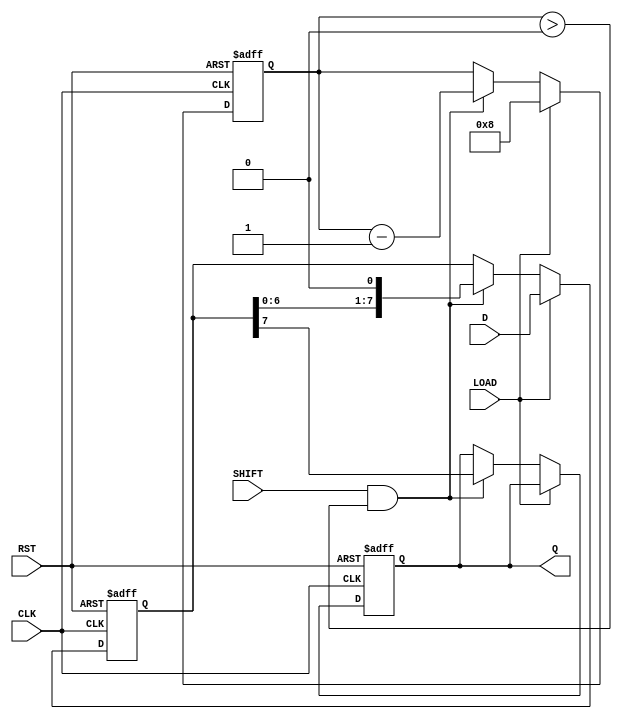
module Dynamic_PISO_Register #(
    parameter N = 8  // Parameter for the bit width of the register
) (
    input wire [N-1:0] D,     // Parallel data input
    input wire LOAD,          // Load control signal
    input wire SHIFT,         // Shift control signal
    input wire CLK,           // Clock signal
    input wire RST,           // Asynchronous reset signal
    output reg Q              // Serial output
);

    reg [N-1:0] register;     // Internal register to store parallel data
    reg [N-1:0] shift_reg;    // Shift register for serial output
    reg [3:0] bit_counter;     // Counter to track the number of shifted bits

    always @(posedge CLK or posedge RST) begin
        if (RST) begin
            register <= {N{1'b0}};  // Clear the internal register
            shift_reg <= {N{1'b0}};  // Clear the shift register
            Q <= 1'b0;               // Clear the output
            bit_counter <= 0;        // Reset bit counter
        end else begin
            if (LOAD) begin
                register <= D;       // Load parallel data into the register
                shift_reg <= D;      // Initialize the shift register with parallel data
                bit_counter <= N;     // Set the counter to the total bits to be shifted
            end else if (SHIFT && bit_counter > 0) begin
                Q <= shift_reg[N-1]; // Output the MSB of the shift register
                shift_reg <= {shift_reg[N-2:0], 1'b0}; // Shift left, introduce zero at LSB
                bit_counter <= bit_counter - 1; // Decrement the counter
            end
        end
    end

endmodule